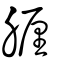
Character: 𦝟